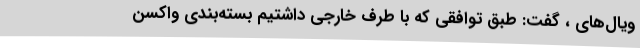
ویال‌های ، گفت: طبق توافقی که با طرف خارجی داشتیم بسته‌بندی واکسن